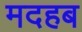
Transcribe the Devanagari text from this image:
मदहब